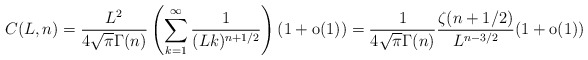
\begin{align*} C(L,n)&=\frac{L^2}{4\sqrt{\pi} \Gamma(n)}\left(\sum_{k=1}^\infty\frac 1{(Lk)^{n+1/2}}\right) (1+\textrm{o}(1)) = \frac{1}{4\sqrt{\pi} \Gamma(n)} \frac{\zeta(n+1/2)}{L^{n-3/2}} (1+\textrm{o}(1))\, \end{align*}